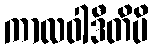
ကာလဝါဒီတိပိ